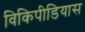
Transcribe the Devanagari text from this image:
विकिपीडियास